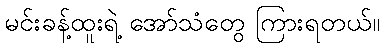
မင်းခန့်ထူးရဲ့ အော်သံတွေ ကြားရတယ်။